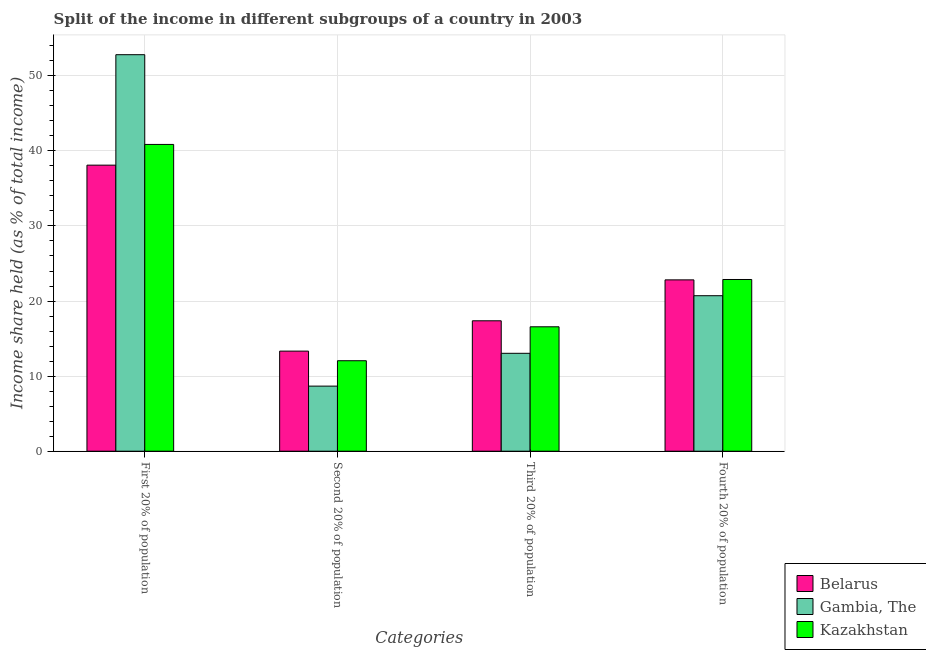
| Categories | Belarus | Gambia, The | Kazakhstan |
 | --- | --- | --- | --- |
 | First 20% of population | 38.1 | 52.8 | 40.9 |
 | Second 20% of population | 13.3 | 8.67 | 12.1 |
 | Third 20% of population | 17.4 | 13 | 16.6 |
 | Fourth 20% of population | 22.8 | 20.7 | 22.9 |